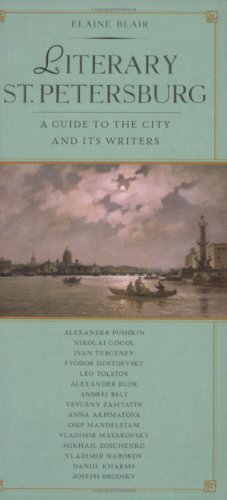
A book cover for Literary St. Petersburg: A Guide to the City and Its Writers; Elaine Blair; Travel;